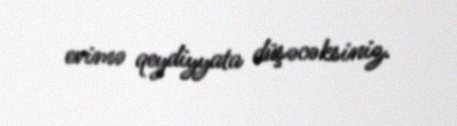
evimə qeydiyyata düşəcəksiniz.